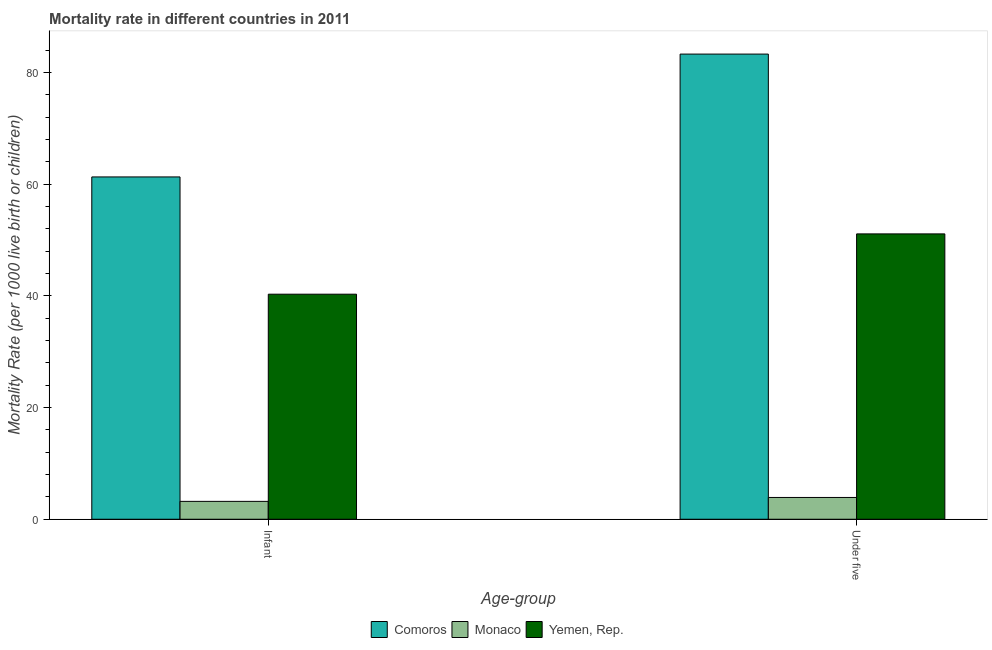
| Age-group | Comoros | Monaco | Yemen, Rep. |
 | --- | --- | --- | --- |
 | Infant | 61.3 | 3.2 | 40.3 |
 | Under five | 83.3 | 3.9 | 51.1 |